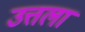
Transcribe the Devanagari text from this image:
उत्तला